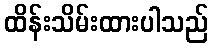
ထိန်းသိမ်းထားပါသည်